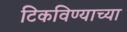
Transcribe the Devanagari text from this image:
टिकविण्याच्या